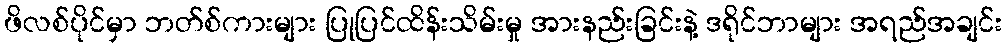
ဖိလစ်ပိုင်မှာ ဘတ်စ်ကားများ ပြုပြင်ထိန်းသိမ်းမှု အားနည်းခြင်းနဲ့ ဒရိုင်ဘာများ အရည်အချင်း